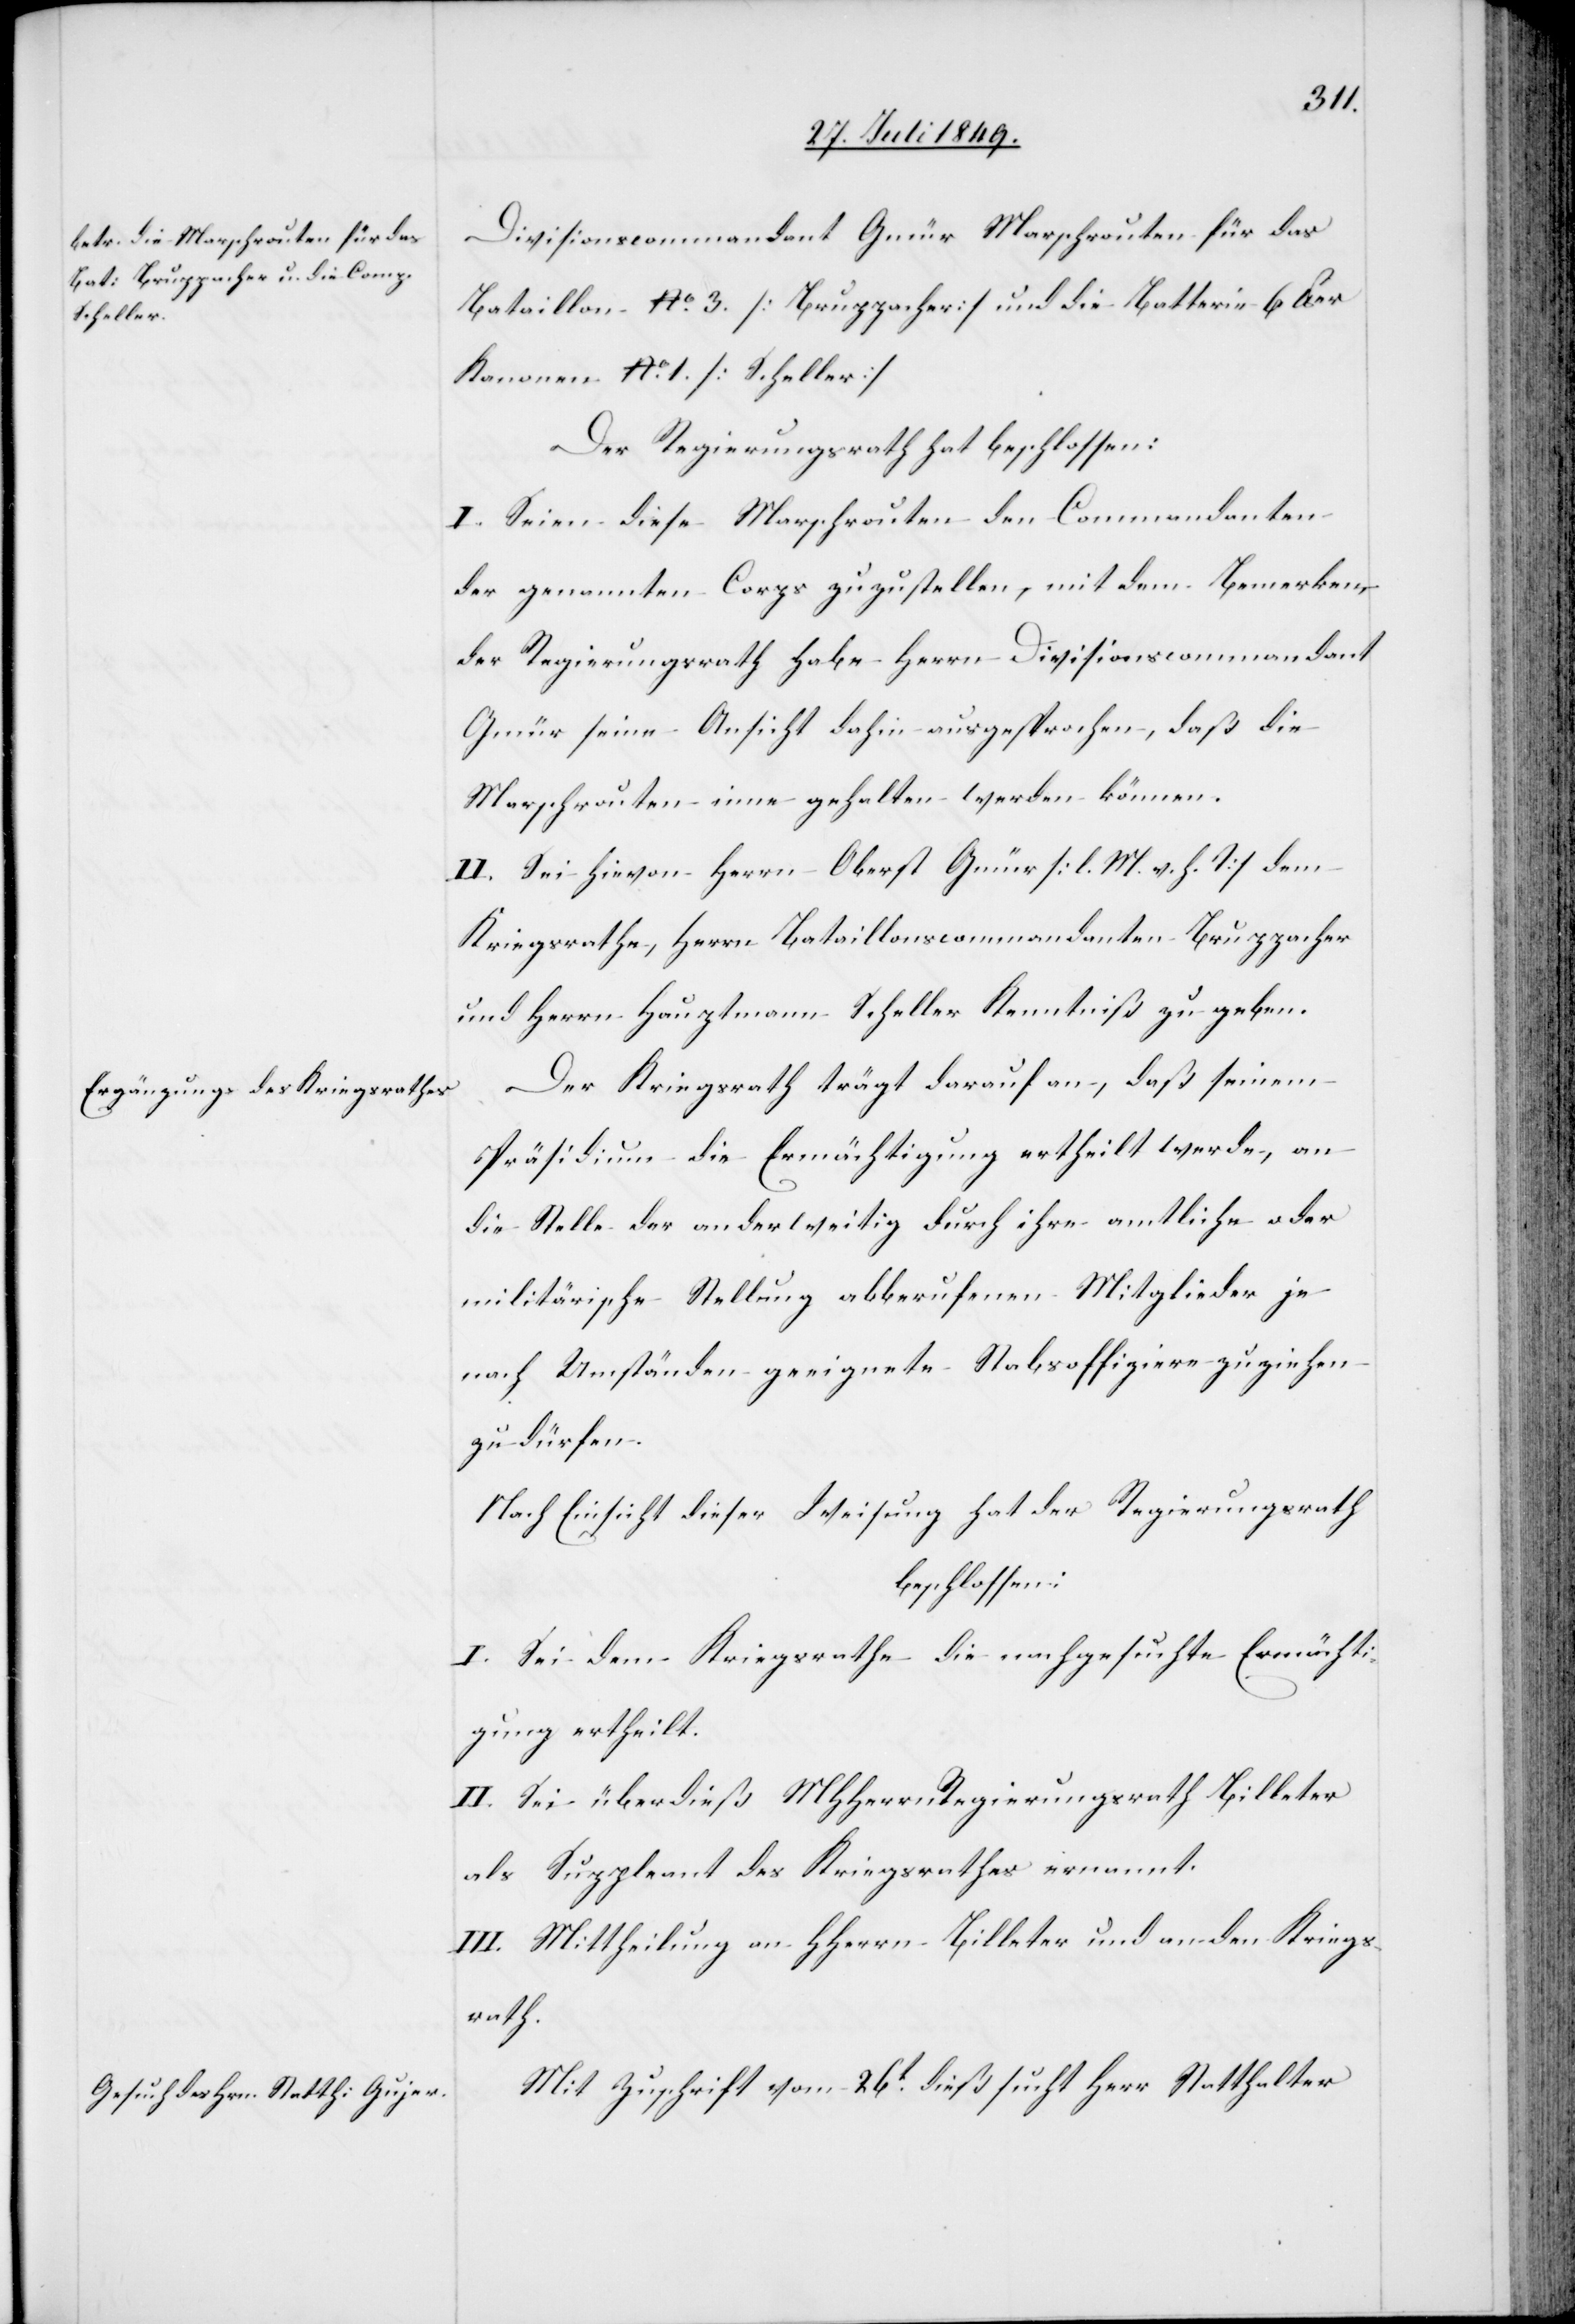
Divisionscommandant Gmür Marschrouten für das
Bataillon No. 3. [Bruppacher] und die Batterie 6 lber
Kanonen No. 1 [Scheller]
Der Regierungsrath hat beschlossen:
I. Seien diese Marschrouten den Commandanten
der genannten Corps zuzustellen, mit dem Bemerken,
der Regierungsrath habe Herrn Divisionscommandant
Gmür seine Ansicht dahin ausgesprochen, daß die
Marschrouten inne gehalten werden können.
II. Sei hievon Herrn Oberst Gmür [l. M. v. h. T] dem
Kriegsrathe, Herrn Bataillonscommandanten Bruppacher
und Herrn Hauptmann Scheller Kenntniß zu geben.
Der Kriegsrath trägt darauf an, daß seinem
Präsidium die Ermächtigung ertheilt werde, an
die Stelle der anderweitig durch ihre amtliche oder
militärische Stellung abberufenen Mitglieder je
nach Umständen geeignete Stabsoffiziere zuziehen
zu dürfen.
Nach Einsicht dieser Weisung hat der Regierungsrath
beschlossen:
I. Sei dem Kriegsrathe die nachgesuchte Ermächti¬
gung ertheilt.
II. Sei überdieß MHHerrn Regierungsrath Billeter
als Suppleant des Kriegsrathes ernannt.
III. Mittheilung an HHerrn Billeter und an den Kriegs¬
rath.
Mit Zuschrift vom 26t dieß sucht Herr Statthalter